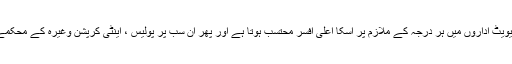
سرکاری محکموں اور پرائیویٹ اداروں میں ہر درجہ کے ملازم پر اسکا اعلیٰ افسر محتسب ہوتا ہے اور پھر ان سب پر پولیس ، اینٹی کرپشن وغیرہ کے محکمے مصروف کا ر رہتے ہیں۔